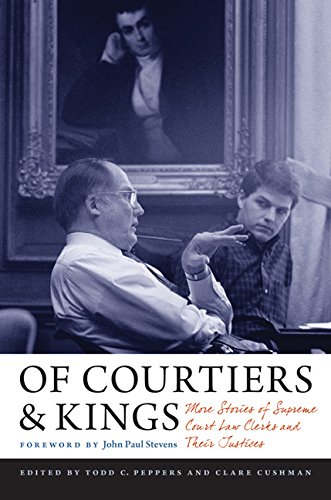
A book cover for Of Courtiers and Kings: More Stories of Supreme Court Law Clerks and Their Justices (Constitutionalism and Democracy); Law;